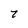
Character: 7